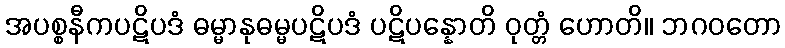
အပစ္စနီကပဋိပဒံ ဓမ္မာနုဓမ္မပဋိပဒံ ပဋိပန္နောတိ ဝုတ္တံ ဟောတိ။ ဘဂဝတော